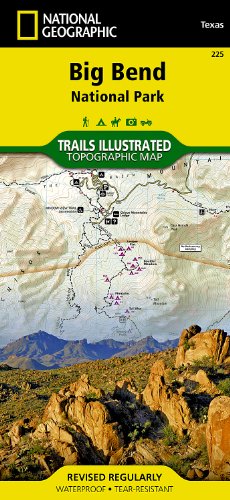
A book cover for Big Bend National Park (National Geographic Trails Illustrated Map); National Geographic Maps - Trails Illustrated; Reference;